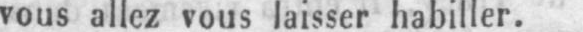
vous allez vous laisser habiller.